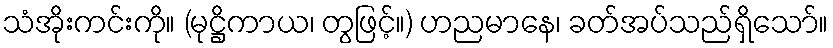
သံအိုးကင်းကို။ (မုဋ္ဌိကာယ၊ တွဖြင့်။) ဟညမာနေ၊ ခတ်အပ်သည်ရှိသော်။